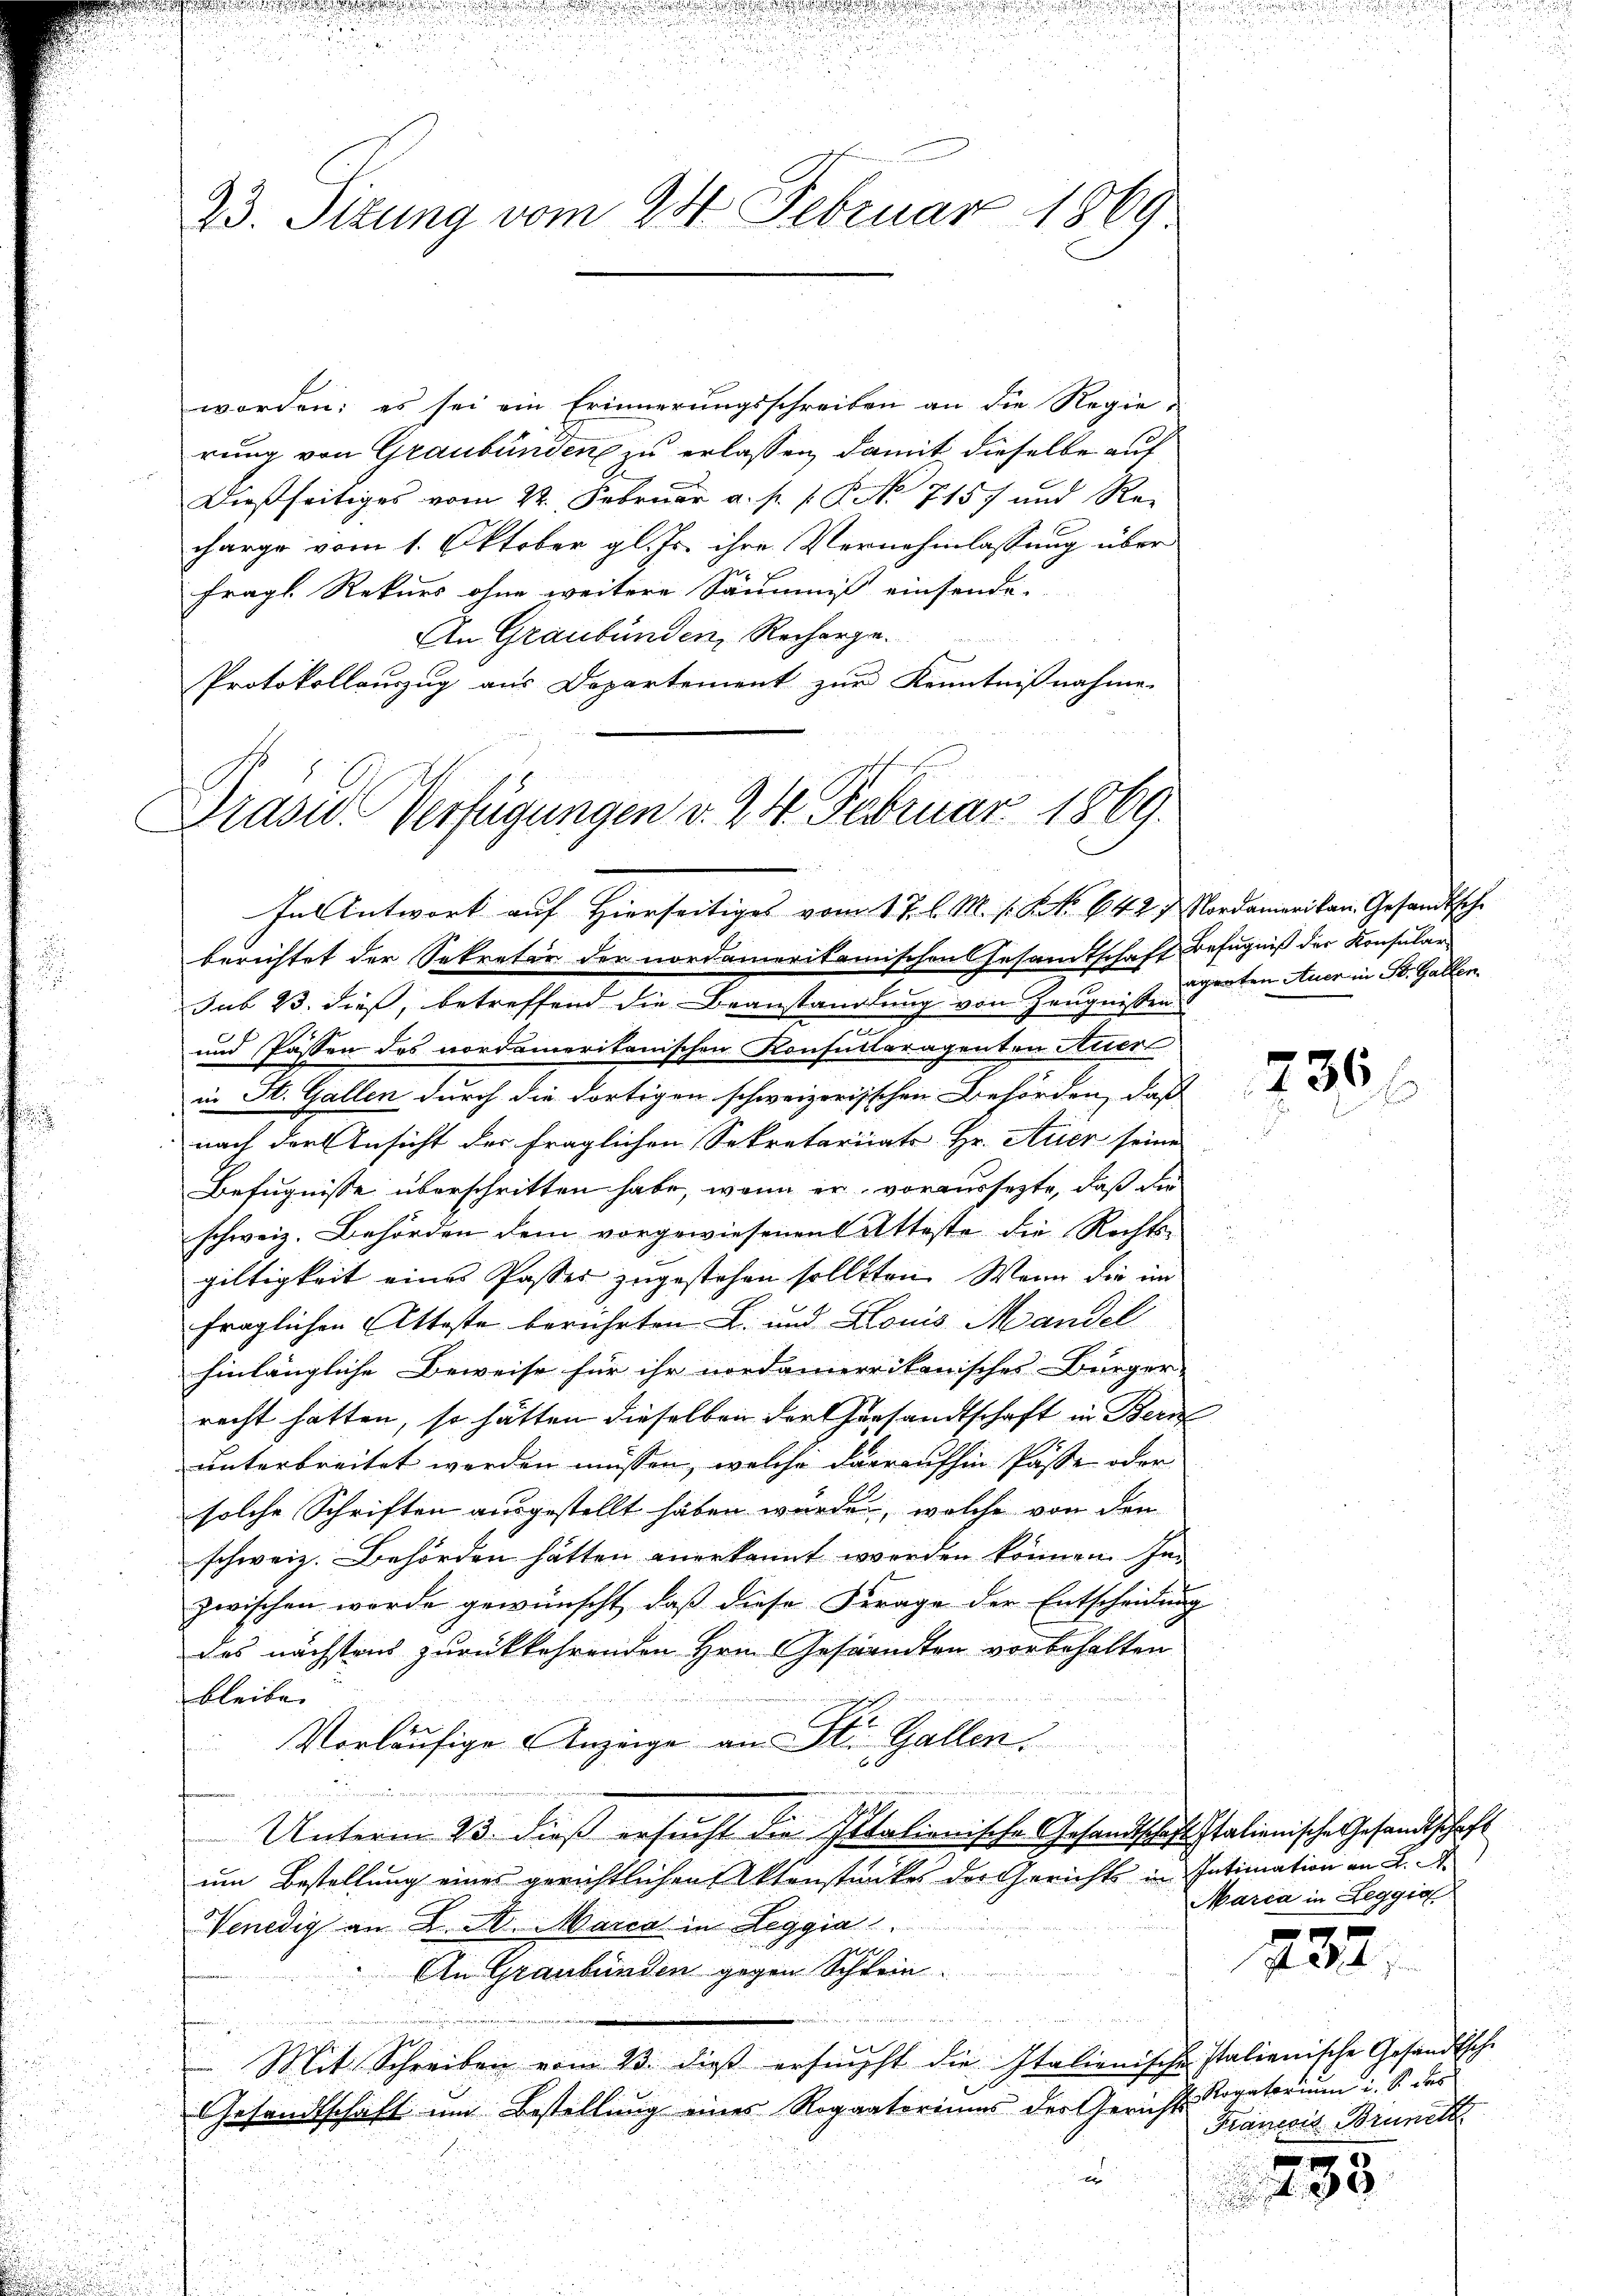
23. Sizung vom 24. Februar 1869

In Antwort auf Hierseitiges vom 17. l. M. s. S. NNo. 642. Nordamerikan Gesandtsche

worden; es sei ein Erinnerungsschreiben an die Regie-
rung von Graubünden zu erlassen, damit dieselbe auf
Dießseitiges vom 22. Februar a. p. 1. P. No 7157 und Recharge vom 1. Oktober gl. Js. ihre Vernehmlassung über
Fragl. Rekurs ohne weitere Säumniß einsende.
An Graubünden, Recherge.
Protokollauszug aus Departement zur Kenntnißnahme.
Präsid. Verfügungen v. 24. Februar 1869.

n
i

berichtet der Sekretär der nordamerikanischen Gesandtschaft Befugniß der Konsular-
sub 23. dieß, betreffend die Beanstandlung von Zeugnissen
und Passen des nordameritanischen Konsulteragenten Auer
in St. Gallen durch die dortigen schweizerisschen Behörden, daß
nach der Ansicht des fraglichen Sekretariats Hr. Arier seine
Befugnisse überschritten habe, wenn er voraussezte, daß die
schweiz. Behörden dem vorgewiesenen Atteste die Rechts-
giltigkeit eines Passer zugestehen solltten. Wenn die im
fraglichen Atteste berührten L. und Louis Mandel
hinlängliche Beweise für ihr nordamerikanisches Bürger-
racht hatten, so hätten dieselben der Gersandtschaft in Bern
unterbreitet werden müssen, welche daraufhin Pässe oder
solche Schriften ausgestellt haben würde, welche von den
schweiz. Behörden hätten anerkannt werden können. Im
zwischen werde gewünscht, daß diese Frage der Entscheidung
das nächstens zurückkehrenden Hrn. Gestandten vorbehalten
bleiben
Ver
Vorläufige Anzeige an St. Gallen.
e
Unterm 25. dieß ersucht die Italienische Gesandtschaft Italienische Gesandtschaft
um Bestellung eines gerichtlichen Aktenstückes der Gericht in Intimation an 2.
Venedig an K. A. Marca in Leggia
An Graubünden gegen Schlein

Mit Schreiben vom 23. dieß ersucht die Italienische Italienische Gesandtsche
Gesandtschaft um Bestellung eines Rogaatoriums der Gericht Rogatorium i. S. das
u

aperten Auer in B. Gallen.

236

Marca in Zeggio

232.

Francore Brunck

e
 98